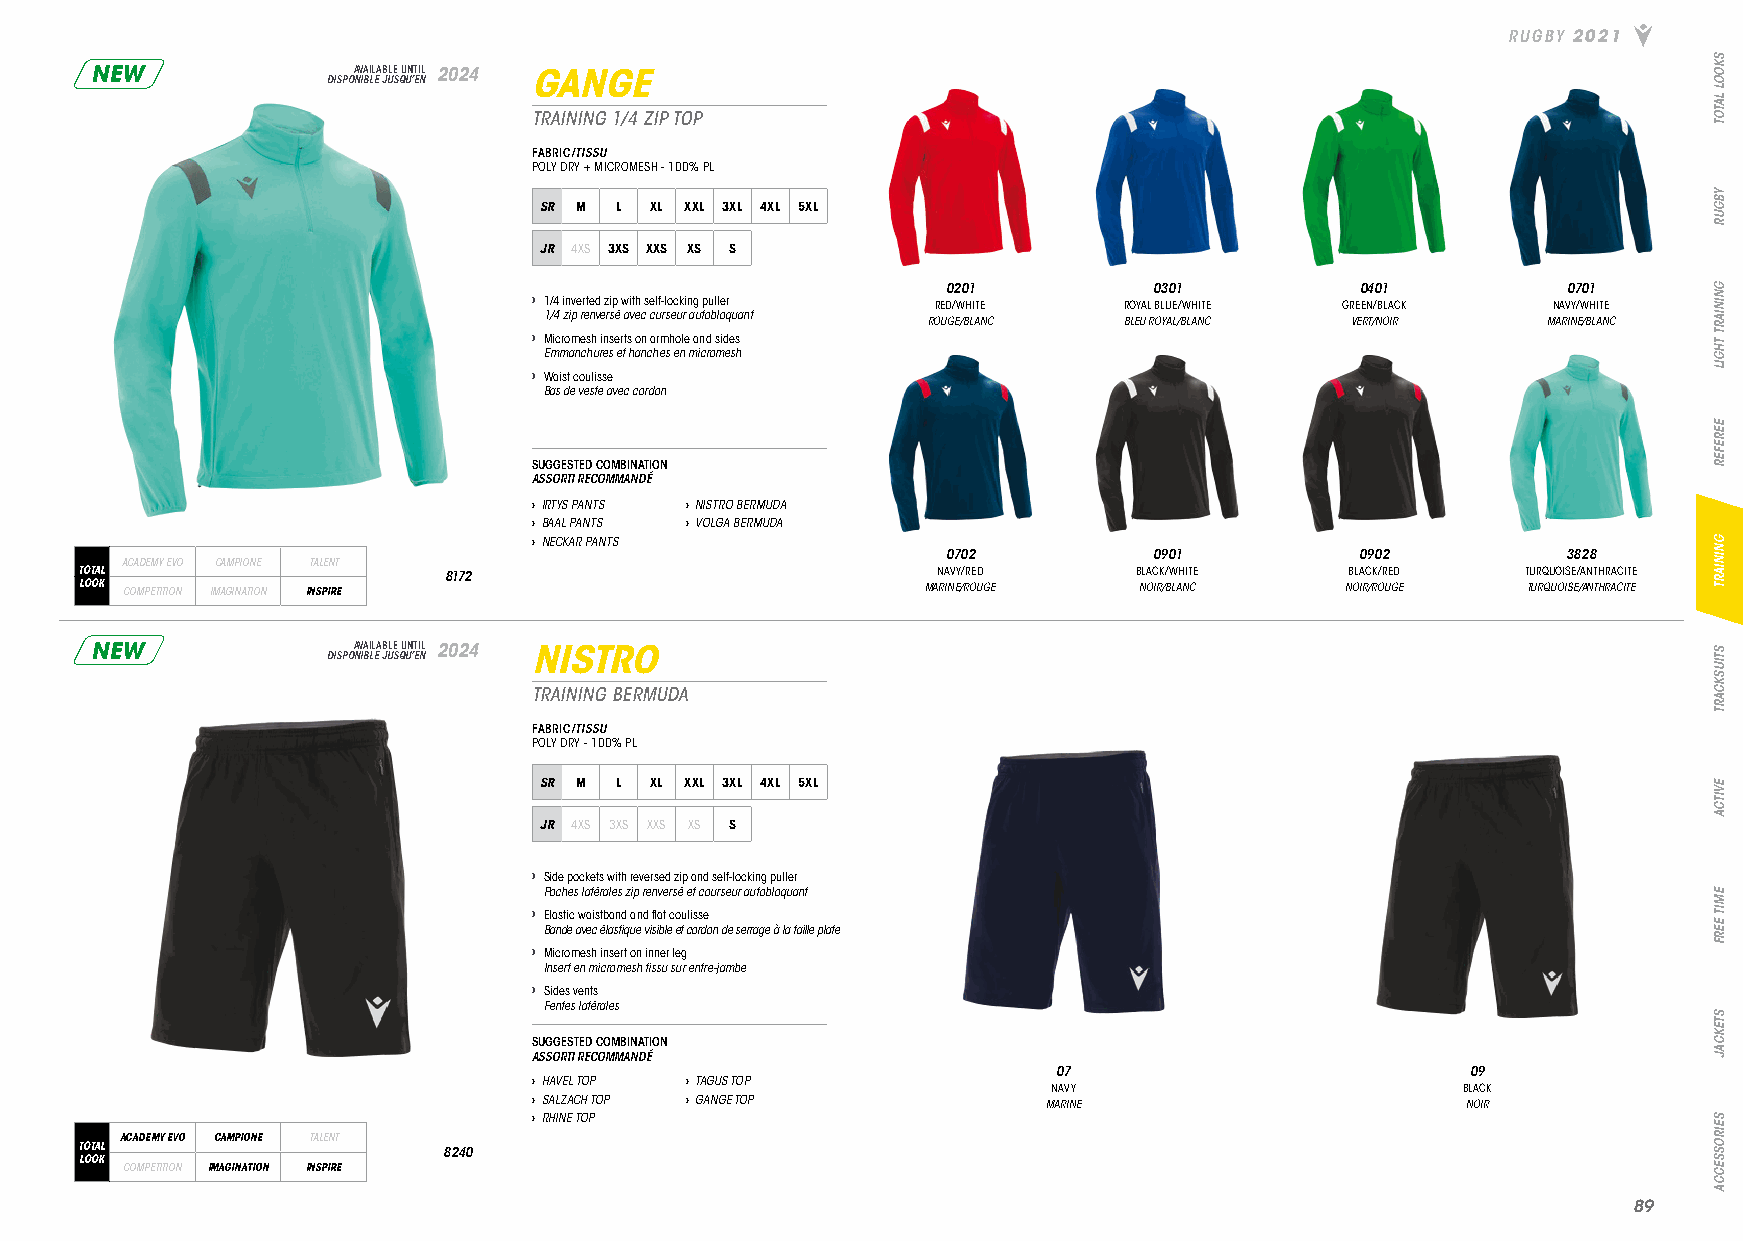
RUGBY 2021
 NEW             DISPOA NV IBA LIL EA JB ULE S QU UN ’T EI NL 2024 GANGE
 TRAINING 1/4 ZIP TOP
 FABRIC/TISSU
 POLY DRY + MICROMESH - 100% PL
 SR M L XL XXL 3XL 4XL 5XL
 JR 4XS 3XS XXS XS S
 0201         0301          0401          0701
 › 1/4 inverted zip with self-locking puller RED/WHITE ROYAL BLUE/WHITE GREEN/BLACK NAVY/WHITE
 1/4 zip renversé avec curseur autobloquant
 ROUGE/BLANC  BLEU ROYAL/BLANC VERT/NOIR  MARINE/BLANC
 › Micromesh inserts on armhole and sides
 Emmanchures et hanches en micromesh
 › Waist coulisse
 Bas de veste avec cordon
 SUGGESTED COMBINATION
 ASSORTI RECOMMANDÉ
 › IRTYS PANTS › NISTRO BERMUDA
 › BAAL PANTS › VOLGA BERMUDA
 › NECKAR PANTS
 0702         0901          0902          3828
 ACADEMY EVO CAMPIONE TALENT
 TOTAL                   8172                             NAVY/RED     BLACK/WHITE   BLACK/RED   TURQUOISE/ANTHRACITE
 LOOK COMPETITION IMAGINATION INSPIRE                    MARINE/ROUGE  NOIR/BLANC    NOIR/ROUGE  TURQUOISE/ANTHRACITE
 NEW             DISPOA NV IBA LIL EA JB ULE S QU UN ’T EI NL 2024 NISTRO
 TRAINING BERMUDA
 FABRIC/TISSU
 POLY DRY - 100% PL
 SR M L XL XXL 3XL 4XL 5XL
 JR 4XS 3XS XXS XS S
 › Side pockets with reversed zip and self-locking puller
 Poches latérales zip renversé et courseur autobloquant
 › Elastic waistband and flat coulisse
 Bande avec élastique visible et cordon de serrage à la taille plate
 › Micromesh insert on inner leg
 Insert en micromesh tissu sur entre-jambe
 › Sides vents
 Fentes latérales
 SUGGESTED COMBINATION
 ASSORTI RECOMMANDÉ
 07                         09
 › HAVEL TOP › TAGUS TOP
 NAVY                       BLACK
 › SALZACH TOP › GANGE TOP         MARINE                      NOIR
 › RHINE TOP
 ACADEMY EVO CAMPIONE TALENT
 TOTAL                   8240
 LOOK
 COMPETITION IMAGINATION INSPIRE
 8899
 SKOOL
 LATOT
 YBGUR
 GNINIART
 THGIL
 EEREFER
 GNINIART
 STIUSKCART
 EVITCA
 EMIT
 EERF
 STEKCAJ
 SEIROSSECCA